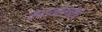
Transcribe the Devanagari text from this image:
मध्यरेल्वेचे